Lunatic asylums in Bengal annual reports 1912-1924 - 1912-1924
Year: 1912
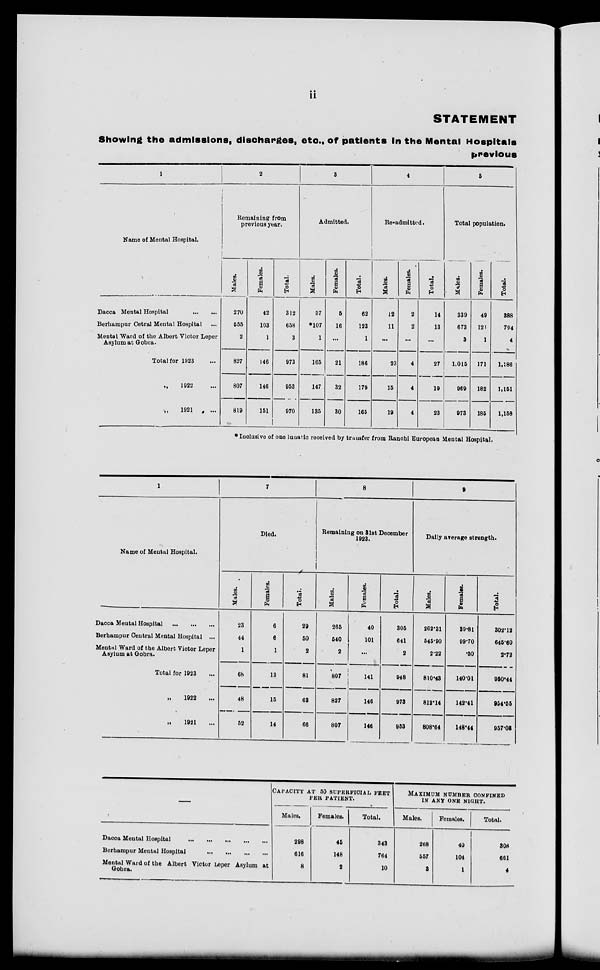
ii
STATEMENT
Showing the admissions, discharges, etc., of patients in the Mental Hospitals
previous
1
Name of Mental Hospital.
Dacca Mental Hospital
...
...
Berhampur Cetral Mental Hospital ...
Mental Ward of the Albert Victor Leper
Asylum at Gobra.
Total for 1923 ...
„ 1922 ...
„
1921 ...
2
Remaining from
previous year.
Males.
270
555
2
827
807
819
Females.
42
103
1
146
146
151
Total.
312
658
3
973
953
970
3
Admitted.
Males.
57
*107
1
165
147
135
Females.
5
16
...
21
32
30
Total.
62
123
1
186
179
165
4
Re-admitted.
Males.
12
11
...
23
15
19
Females.
2
2
...
4
4
4
Total.
14
13
...
27
19
23
5
Total population.
Males.
339
673
3
1,015
969
973
Females.
49
121
1
171
182
185
Total.
388
794
4
1,186
1,151
1,158
* Inclusive of one lunatic received by transfer from Ranchi European Mental Hospital.
1
Name of Mental Hospital.
Dacca Mental Hospital
...
...
Berhampur Central Mental Hospital ...
Mental Ward of the Albert Victor Leper
Asylum at Gobra.
Total for 1923 ...
„
1922 ...
.,
1921 ...
7
Died.
Males.
23
44
1
68
48
52
Females.
6
6
1
13
15
14
Total.
29
50
2
81
63
66
8
Remaining on 31st December
1923.
Males.
265
540
2
807
827
807
Females.
40
101
...
141
146
146
Total.
305
641
2
948
973
953
9
Daily average strength.
Males.
262.31
545.90
2.22
810.43
812.14
808.64
Females.
39.81
99.70
.50
140.01
142.41
148.44
Total.
302.12
645.60
2.72
950.44
954.55
957.08
Dacca Mental Hospital
...
...
...
...
...
Berhampur Mental Hospital
...
...
...
...
Mental Ward of the Albert Victor Leper Asylum at
Gobra.
CAPACITY AT 50 SUPERFICIAL FEET
PER PATIENT.
Males.
298
616
8
Females.
45
148
2
Total.
343
764
10
MAXIMUM NUMBER CONFINED
IN ANY ONE NIGHT.
Males.
268
557
3
Females.
40
104
1
Total.
308
661
4